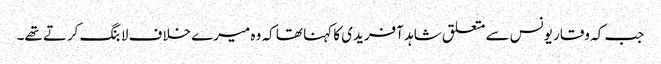
جب کہ وقار یونس سے متعلق شاہد آفریدی کا کہنا تھا کہ وہ میرے خلاف لابنگ کرتے تھے۔